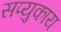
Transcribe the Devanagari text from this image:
सप्युकाय